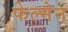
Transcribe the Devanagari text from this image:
फेल्मेन